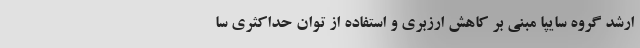
ارشد گر‌وه سایپا مبنی بر کاهش ارزبری و استفاده از توان حداکثری سا